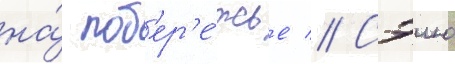
на́ поб'ер'е́жье // Сэию